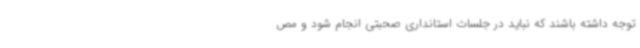
توجه داشته باشند که نباید در جلسات استانداری صحبتی انجام شود و مص